Indian journal of veterinary science and animal husbandry - Volume 14,
Year: 1944
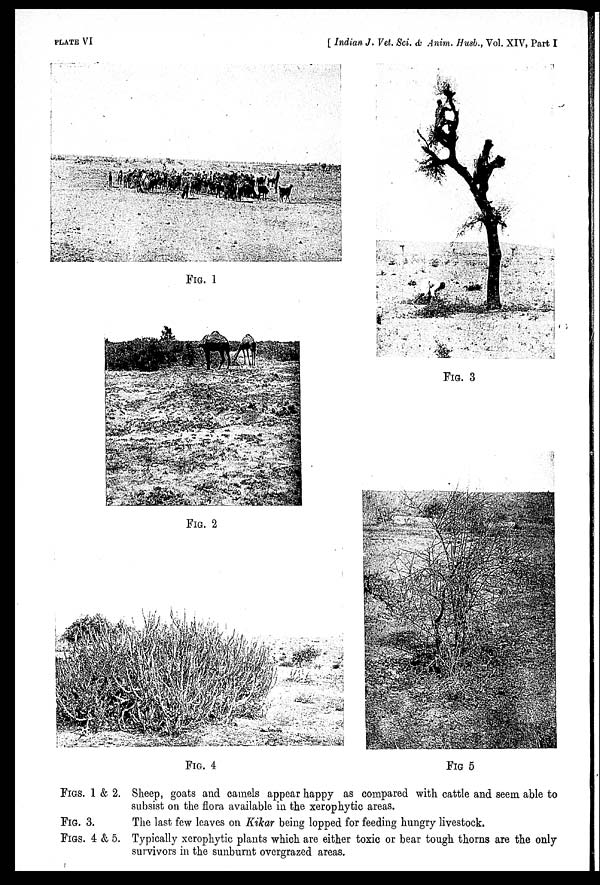
PLATE VI
[ Indian J. Vet. Sci. & Anim. Husb., Vol. XIV, Part I
FIG. 1
FIG. 2
FIG. 3
FIG. 4
FIG. 5
FIGS. 1 & 2. Sheep, goats and camels appear happy as compared with cattle and seem able to
subsist on the flora available in the xerophytic areas.
FIG. 3.
The last few leaves on Kikar being lopped for feeding hungry livestock.
FIGS. 4 & 5. Typically xerophytic plants which are either toxic or bear tough thorns are the only
survivors in the sunburnt overgrazed areas.